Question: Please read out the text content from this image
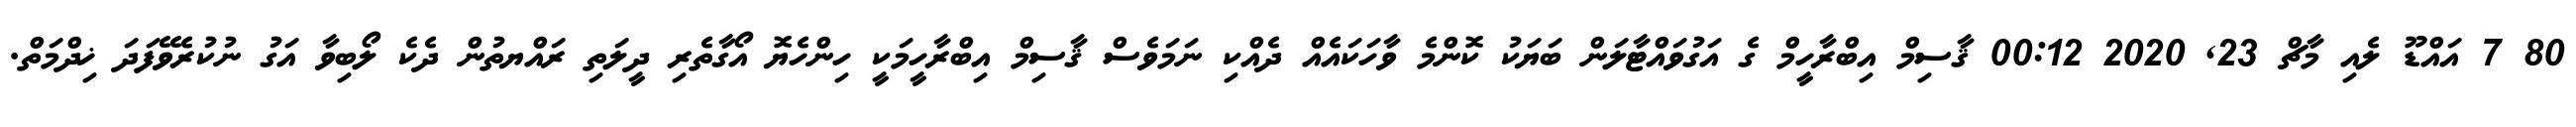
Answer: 80 7 އައްޑޫ ލެއި މާޗް 23, 2020 00:12 ޤާސިމް އިބްރާހީމް ގެ އަގުވައްޓާލަން ބަޔަކު ކޮންމެ ވާހަކައެއް ދެއްކި ނަމަވެސް ޤާސިމް އިބްރާހީމަކީ ހިންހެޔޮ އޯގާތެރި ދީލަތި ރައްޔތުން ދެކެ ލޯބިވާ އަގު ނުކުރެވޭފަދަ ޚިދްމަތް.